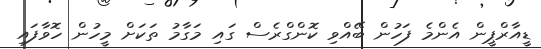
ޑީއާރްޕީން އެންމެ ފަހުން ބޭއްވި ކޮންގްރެސް ގައި މަގާމު ތަކަށް މީހުން ހޮވާފައި